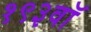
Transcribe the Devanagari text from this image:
१९३वॉ